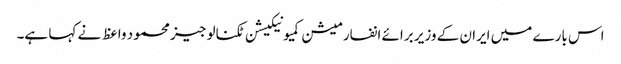
اس بارے میں ایران کے وزیر برائے انفارمیشن کمیونیکیشن ٹکنالوجیز محمود واعظ نے کہا ہے۔